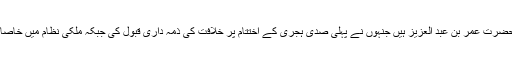
پہلے نمبر پر حضرت عمر بن عبد العزیزؒ ہیں جنہوں نے پہلی صدی ہجری کے اختتام پر خلافت کی ذمہ داری قبول کی جبکہ ملکی نظام میں خاصا بگاڑ آچکا تھا۔